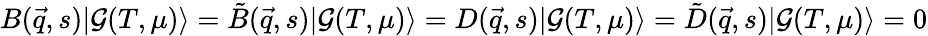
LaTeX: B(\vec{q},s)|{\cal G}(T,\mu)\rangle=\tilde{B}(\vec{q},s)|{\cal G}(T,\mu)\rangle=D(\vec{q},s)|{\cal G}(T,\mu)\rangle=\tilde{D}(\vec{q},s)|{\cal G}(T,\mu)\rangle=0